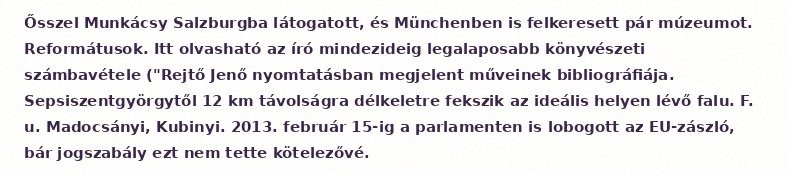
Ősszel Munkácsy Salzburgba látogatott, és Münchenben is felkeresett pár múzeumot. Reformátusok. Itt olvasható az író mindezideig legalaposabb könyvészeti számbavétele ("Rejtő Jenő nyomtatásban megjelent műveinek bibliográfiája. Sepsiszentgyörgytől 12 km távolságra délkeletre fekszik az ideális helyen lévő falu. F. u. Madocsányi, Kubinyi. 2013. február 15-ig a parlamenten is lobogott az EU-zászló, bár jogszabály ezt nem tette kötelezővé.